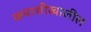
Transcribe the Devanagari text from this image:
कपाशीखालील